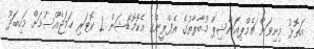
އަތޮޅު މިނިވަން ޗެމްޕިއަންޝިޕް މުބާރާތުގެ ރެފްރީންގެ އެކޮމޮޑޭޝަން 2 ކޮޓަރި ހަމަޖެއްސުމަށް މަހިބަދޫ